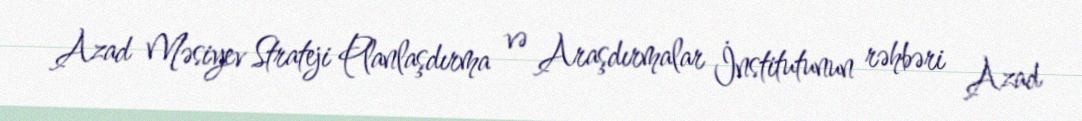
Azad Məsiyev Strateji Planlaşdırma və Araşdırmalar İnstitutunun rəhbəri Azad